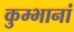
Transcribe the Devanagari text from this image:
कुम्भानां